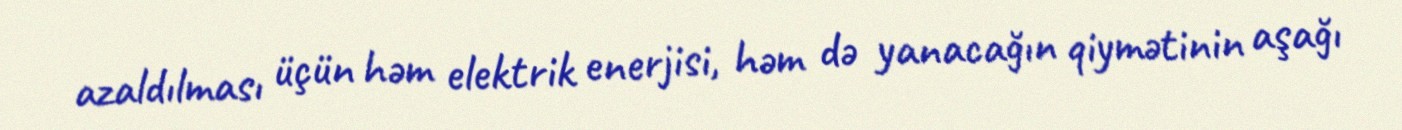
azaldılması üçün həm elektrik enerjisi, həm də yanacağın qiymətinin aşağı